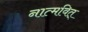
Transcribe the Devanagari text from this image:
नात्मवित्‌